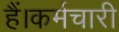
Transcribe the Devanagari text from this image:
हैं।कर्मचारी